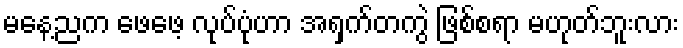
မနေ့ညက ဖေဖေ့ လုပ်ပုံဟာ အရှက်တကွဲ ဖြစ်စရာ မဟုတ်ဘူးလား